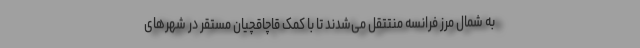
به شمال مرز فرانسه منتتقل می‌شدند تا با کمک قاچاقچیان مستقر در شهرهای